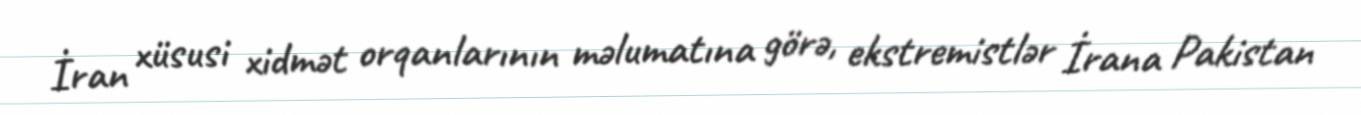
İran xüsusi xidmət orqanlarının məlumatına görə, ekstremistlər İrana Pakistan